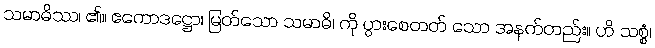
သမာဓိဿ၊ ၏။ ဧကောဒဋ္ဌော၊ မြတ်သော သမာဓိ၊ ကို ပွားစေတတ် သော အနက်တည်း။ ဟိ သစ္စံ၊